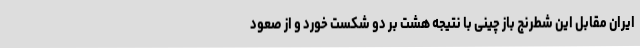
ایران مقابل این شطرنج باز چینی با نتیجه هشت بر دو شکست خورد و از صعود